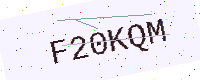
Text: F20KQM